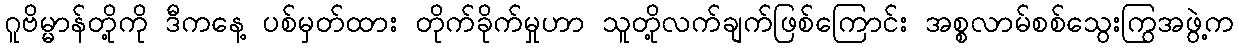
ဂူဗိမ္မာန်တို့ကို ဒီကနေ့ ပစ်မှတ်ထား တိုက်ခိုက်မှုဟာ သူတို့လက်ချက်ဖြစ်ကြောင်း အစ္စလာမ်စစ်သွေးကြွအဖွဲ့က